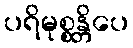
ပရိမုစ္စန္တိပေ